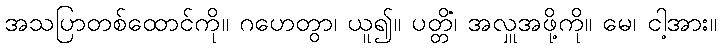
အသပြာတစ်ထောင်ကို။ ဂဟေတွာ၊ ယူ၍။ ပတ္တိံ၊ အလှူအဖို့ကို။ မေ၊ ငါ့အား။